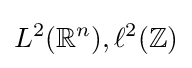
L^{2}(\mathbb {R} ^{n}),\ell ^{2}(\mathbb {Z} )